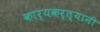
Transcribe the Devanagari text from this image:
कार्यकर्त्‍यानी